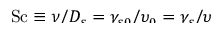
\smash { \ensuremath { \mathrm { S c } } \equiv \nu / \ensuremath { D _ { s } } = \gamma _ { s 0 } / \upsilon _ { 0 } = \gamma _ { s } / \upsilon }